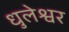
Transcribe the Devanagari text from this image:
धुलेश्वर